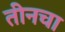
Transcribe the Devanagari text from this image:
तीनचा